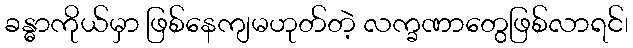
ခန္ဓာကိုယ်မှာ ဖြစ်နေကျမဟုတ်တဲ့ လက္ခဏာတွေဖြစ်လာရင်၊